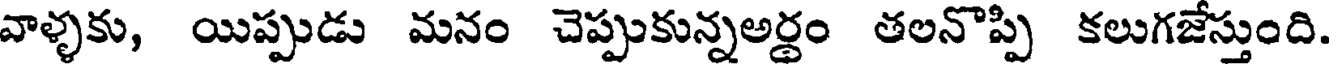
వాళ్ళకు, యిప్పుడు మనం చెప్పుకున్నఅర్థం తలనొప్పి కలుగజేస్తుంది.